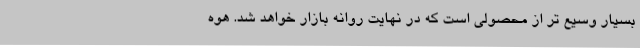
بسیار وسیع تر از محصولی است که در نهایت روانه بازار خواهد شد. هوه